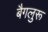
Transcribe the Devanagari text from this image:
बैगलुरू